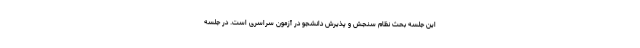
این جلسه بحث نظام سنجش و پذیرش دانشجو در آزمون سراسری است. در جلسه